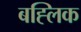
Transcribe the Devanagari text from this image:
बह्लिक